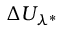
\Delta U _ { \lambda ^ { * } }